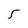
Character: 5